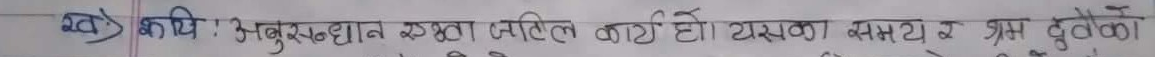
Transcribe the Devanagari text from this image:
ख) कयि : अनुसन्धान एवा जटिल कार्य हो। यसका समय र श्रम दुवैको